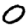
Digit: 0